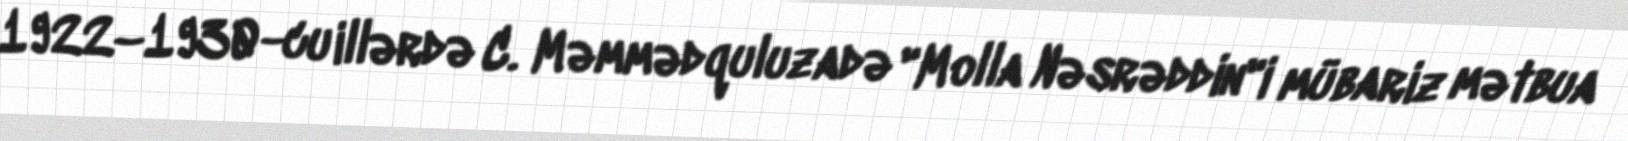
1922–1930-cu illərdə C. Məmmədquluzadə "Molla Nəsrəddin"i mübariz mətbua